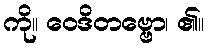
ကို။ ဝေဒိတဗ္ဗော၊ ၏။